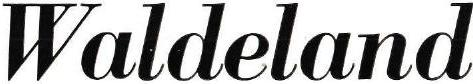
Waldeland